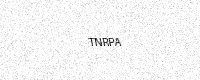
Text: TNRPA